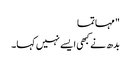
" مہاتما
بدھ نے کبھی ایسے نہیں کہا۔